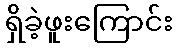
ရှိခဲ့ဖူးကြောင်း